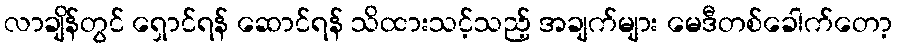
လာချိန်တွင် ရှောင်ရန် ဆောင်ရန် သိထားသင့်သည့် အချက်များ မေဒီတစ်ခေါက်တော့